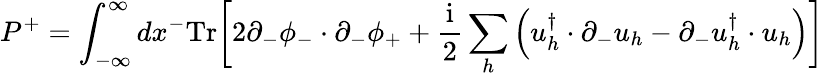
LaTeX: P^{+}=\int_{-\infty}^{\infty}dx^{-}\mathrm{Tr}\biggl[2\partial_{-}\phi_{-}\cdot\partial_{-}\phi_{+}+{\frac{\mathrm{i}}{2}}\sum_{h}\left(u_{h}^{\dagger}\cdot\partial_{-}u_{h}-\partial_{-}u_{h}^{\dagger}\cdot u_{h}\right)\biggr]